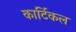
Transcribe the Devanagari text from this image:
कार्टिकल